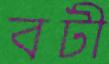
বটী